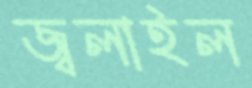
জ্বলাইল